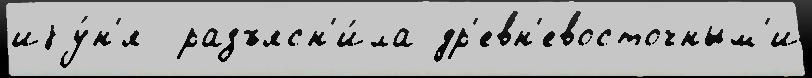
иjу́н'я  разъясн'и́ла др'евн'евосточным'и